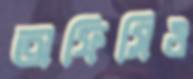
অফিসিও